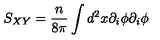
S _ { X Y } = \frac { n } { 8 \pi } \int d ^ { 2 } x \partial _ { i } \phi \partial _ { i } \phi